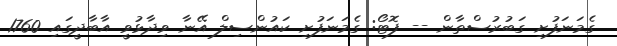
ގެމަނަފުށި ގަބުރުސްތާން -- ފޮޓޯ: ގެމަނަފުށި ކައުންސިލް އޭނާ ވިދާޅުވީ އާބާދީގައި 1760